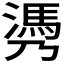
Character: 𰝄